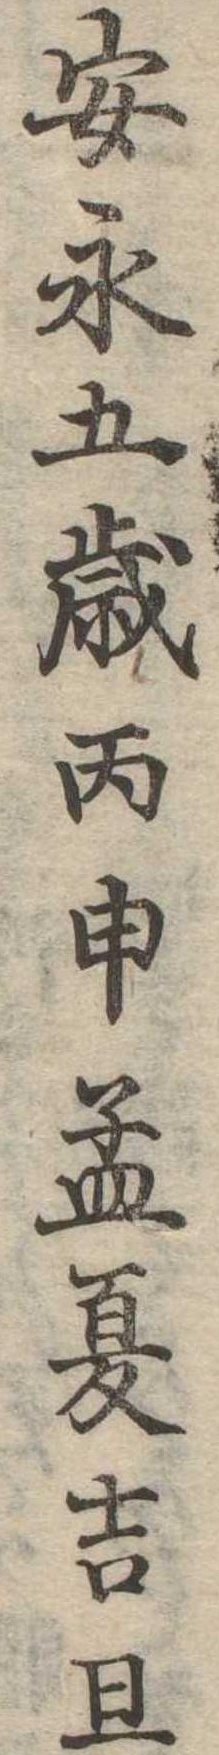
安永五歳丙申孟夏吉旦